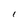
Character: I